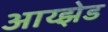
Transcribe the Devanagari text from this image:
आय्झेड